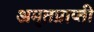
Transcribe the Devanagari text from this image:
अमृतप्राप्ती